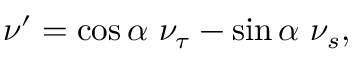
\nu ^ { \prime } = \cos \alpha ~ \nu _ { \tau } - \sin \alpha ~ \nu _ { s } ,